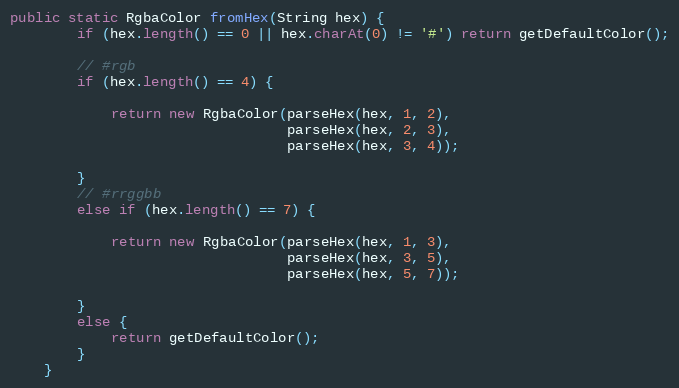
Language: Java
public static RgbaColor fromHex(String hex) {
        if (hex.length() == 0 || hex.charAt(0) != '#') return getDefaultColor();

        // #rgb
        if (hex.length() == 4) {

            return new RgbaColor(parseHex(hex, 1, 2),
                                 parseHex(hex, 2, 3),
                                 parseHex(hex, 3, 4));

        }
        // #rrggbb
        else if (hex.length() == 7) {

            return new RgbaColor(parseHex(hex, 1, 3),
                                 parseHex(hex, 3, 5),
                                 parseHex(hex, 5, 7));

        }
        else {
            return getDefaultColor();
        }
    }